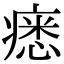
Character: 𤸽